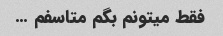
فقط میتونم بگم متاسفم …